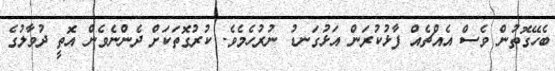
ބެހޭގޮތުން ވެސް އެއްޗެއް ފާޅުކުރަން އަޅުގަނޑު ނުރުހެމެވެ. ކުރުގޮތަކަށް ދެންނެވެން އޮތީ ދުވާލުގެ